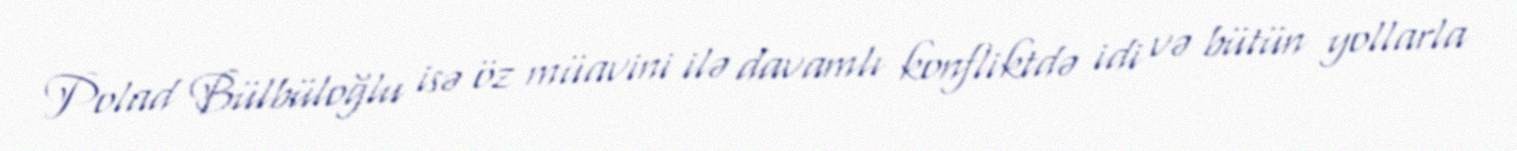
Polad Bülbüloğlu isə öz müavini ilə davamlı konfliktdə idi və bütün yollarla